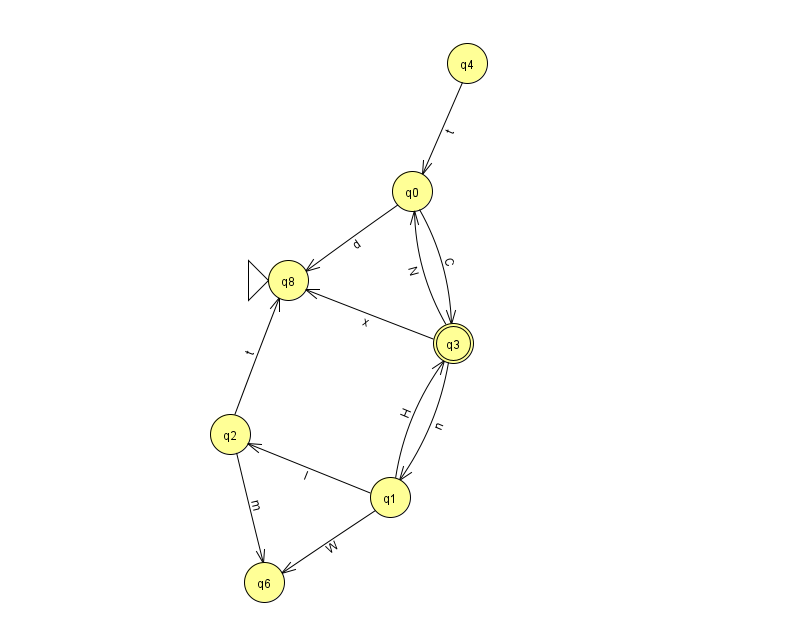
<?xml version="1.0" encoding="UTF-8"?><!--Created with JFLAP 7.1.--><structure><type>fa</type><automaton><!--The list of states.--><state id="0" name="q0"><x>412.0</x><y>178.0</y></state><state id="1" name="q1"><x>390.0</x><y>484.0</y></state><state id="2" name="q2"><x>230.0</x><y>421.0</y></state><state id="3" name="q3"><x>453.0</x><y>330.0</y><final/></state><state id="4" name="q4"><x>467.0</x><y>50.0</y></state><state id="6" name="q6"><x>264.0</x><y>569.0</y></state><state id="8" name="q8"><x>288.0</x><y>267.0</y><initial/></state><!--The list of transitions.--><transition><from>0</from><to>3</to><read>C</read></transition><transition><from>1</from><to>2</to><read>l</read></transition><transition><from>4</from><to>0</to><read>t</read></transition><transition><from>0</from><to>8</to><read>d</read></transition><transition><from>3</from><to>8</to><read>x</read></transition><transition><from>1</from><to>6</to><read>W</read></transition><transition><from>3</from><to>1</to><read>n</read></transition><transition><from>2</from><to>6</to><read>m</read></transition><transition><from>2</from><to>8</to><read>t</read></transition><transition><from>1</from><to>3</to><read>H</read></transition><transition><from>3</from><to>0</to><read>N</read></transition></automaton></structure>